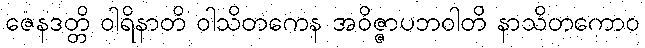
ဇေနဒတ္တိ ဝါရိနာတိ ဝါသိတကေန အဝိဇ္ဇာပဘဝါတိ နာသိတကောဝ